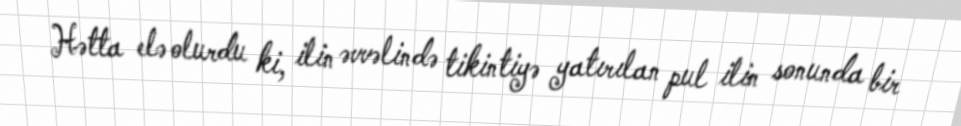
Hətta elə olurdu ki, ilin əvvəlində tikintiyə yatırılan pul ilin sonunda bir